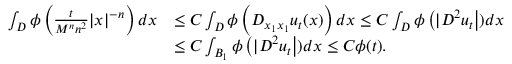
\begin{array} { r l } { \int _ { D } \phi \left( \frac { t } { M ^ { n } n ^ { 2 } } | x | ^ { - n } \right) d x } & { \leq C \int _ { D } \phi \left( D _ { x _ { 1 } x _ { 1 } } u _ { t } ( x ) \right) d x \leq C \int _ { D } \phi \left( | D ^ { 2 } u _ { t } \right| ) d x } \\ & { \leq C \int _ { B _ { 1 } } \phi \left( | D ^ { 2 } u _ { t } \right| ) d x \leq C \phi ( t ) . } \end{array}